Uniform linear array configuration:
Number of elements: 16
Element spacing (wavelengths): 1
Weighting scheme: hann
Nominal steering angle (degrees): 60
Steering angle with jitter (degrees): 60.827
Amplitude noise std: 0.05
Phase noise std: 0.05

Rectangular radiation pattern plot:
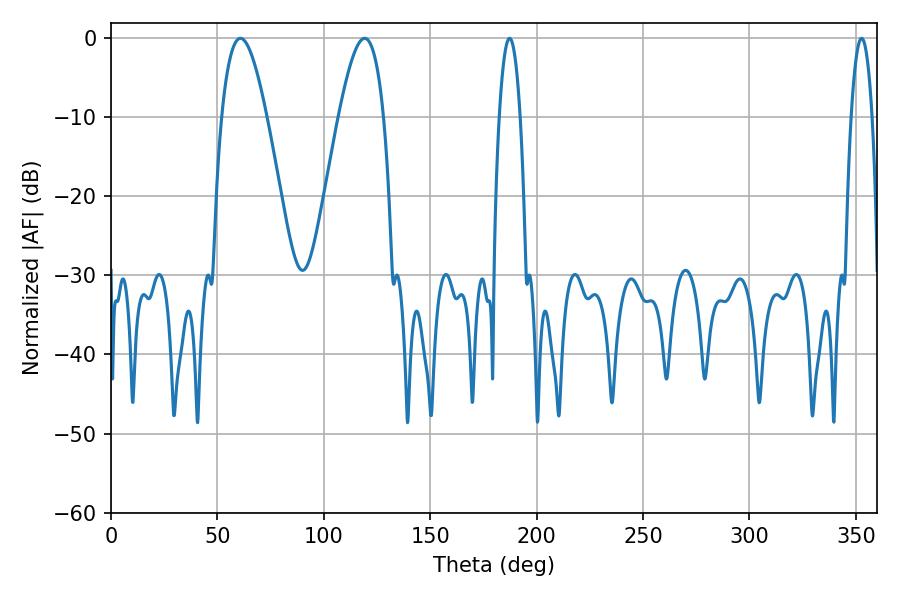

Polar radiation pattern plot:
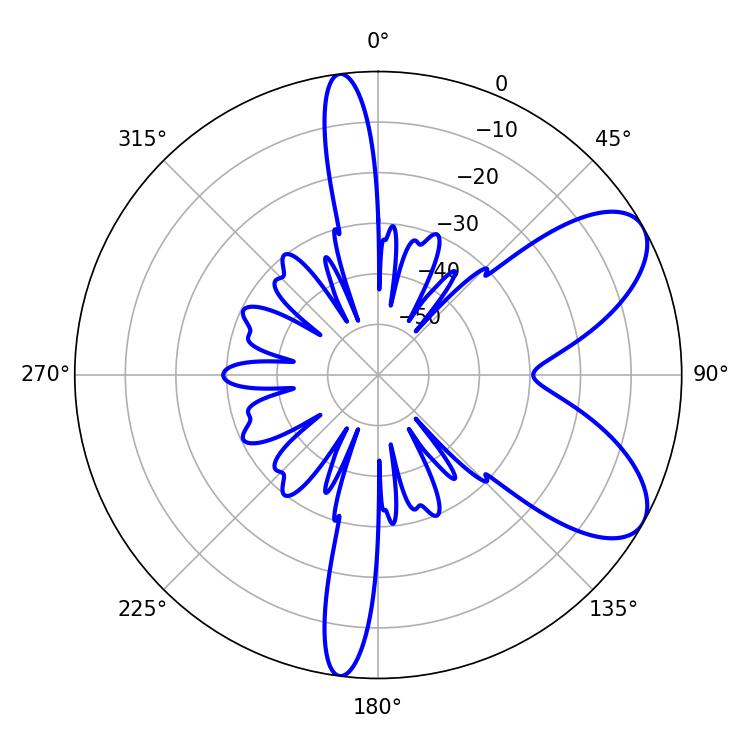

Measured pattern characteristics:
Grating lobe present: TRUE
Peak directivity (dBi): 7.496
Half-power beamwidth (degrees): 11.52
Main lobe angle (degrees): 60.84